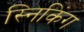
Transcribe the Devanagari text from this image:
स्निकिंग